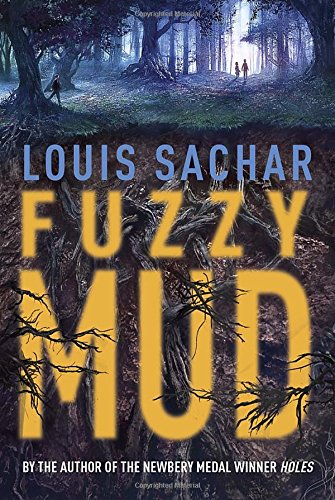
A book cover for Fuzzy Mud; Louis Sachar; Children's Books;